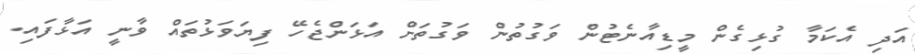
އަދި އެކަމާ ގުޅިގެން މީޑިއާނެޓުން ވަގުތުން ވަގުތަށް އަޅަންޖެހޭ ފިޔަވަޅުތައް ވާނީ އަޅާފައި.